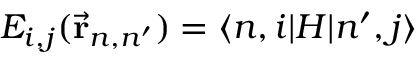
E _ { i , j } ( { \vec { \mathbf { r } } } _ { n , n ^ { \prime } } ) = \langle n , i | H | n ^ { \prime } , j \rangle